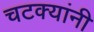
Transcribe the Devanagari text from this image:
चटक्‍यांनी